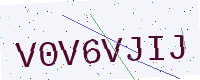
Text: V0V6VJIJ